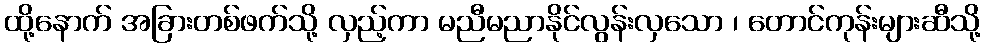
ထို့နောက် အခြားတစ်ဖက်သို့ လှည့်ကာ မညီမညာနိုင်လွန်းလှသော ၊ တောင်ကုန်းများဆီသို့